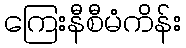
ကြေးနီစီမံကိန်း